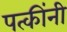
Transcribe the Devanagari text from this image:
पत्कींनी